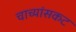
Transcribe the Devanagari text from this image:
चाच्यांसकट